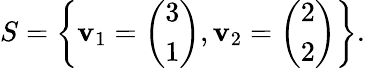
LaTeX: S=\left\lbrace\mathbf{v}_{1}={\left(\begin{array}{l}{3}\\ {1}\end{array}\right)},\mathbf{v}_{2}={\left(\begin{array}{l}{2}\\ {2}\end{array}\right)}\right\rbrace.